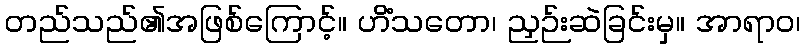
တည်သည်၏အဖြစ်ကြောင့်။ ဟိံသတော၊ ညှဉ်းဆဲခြင်းမှ။ အာရာဝ၊